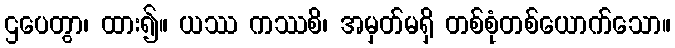
ဌပေတွာ၊ ထား၍။ ယဿ ကဿစိ၊ အမှတ်မရှိ တစ်စုံတစ်ယောက်သော။